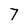
Character: 7